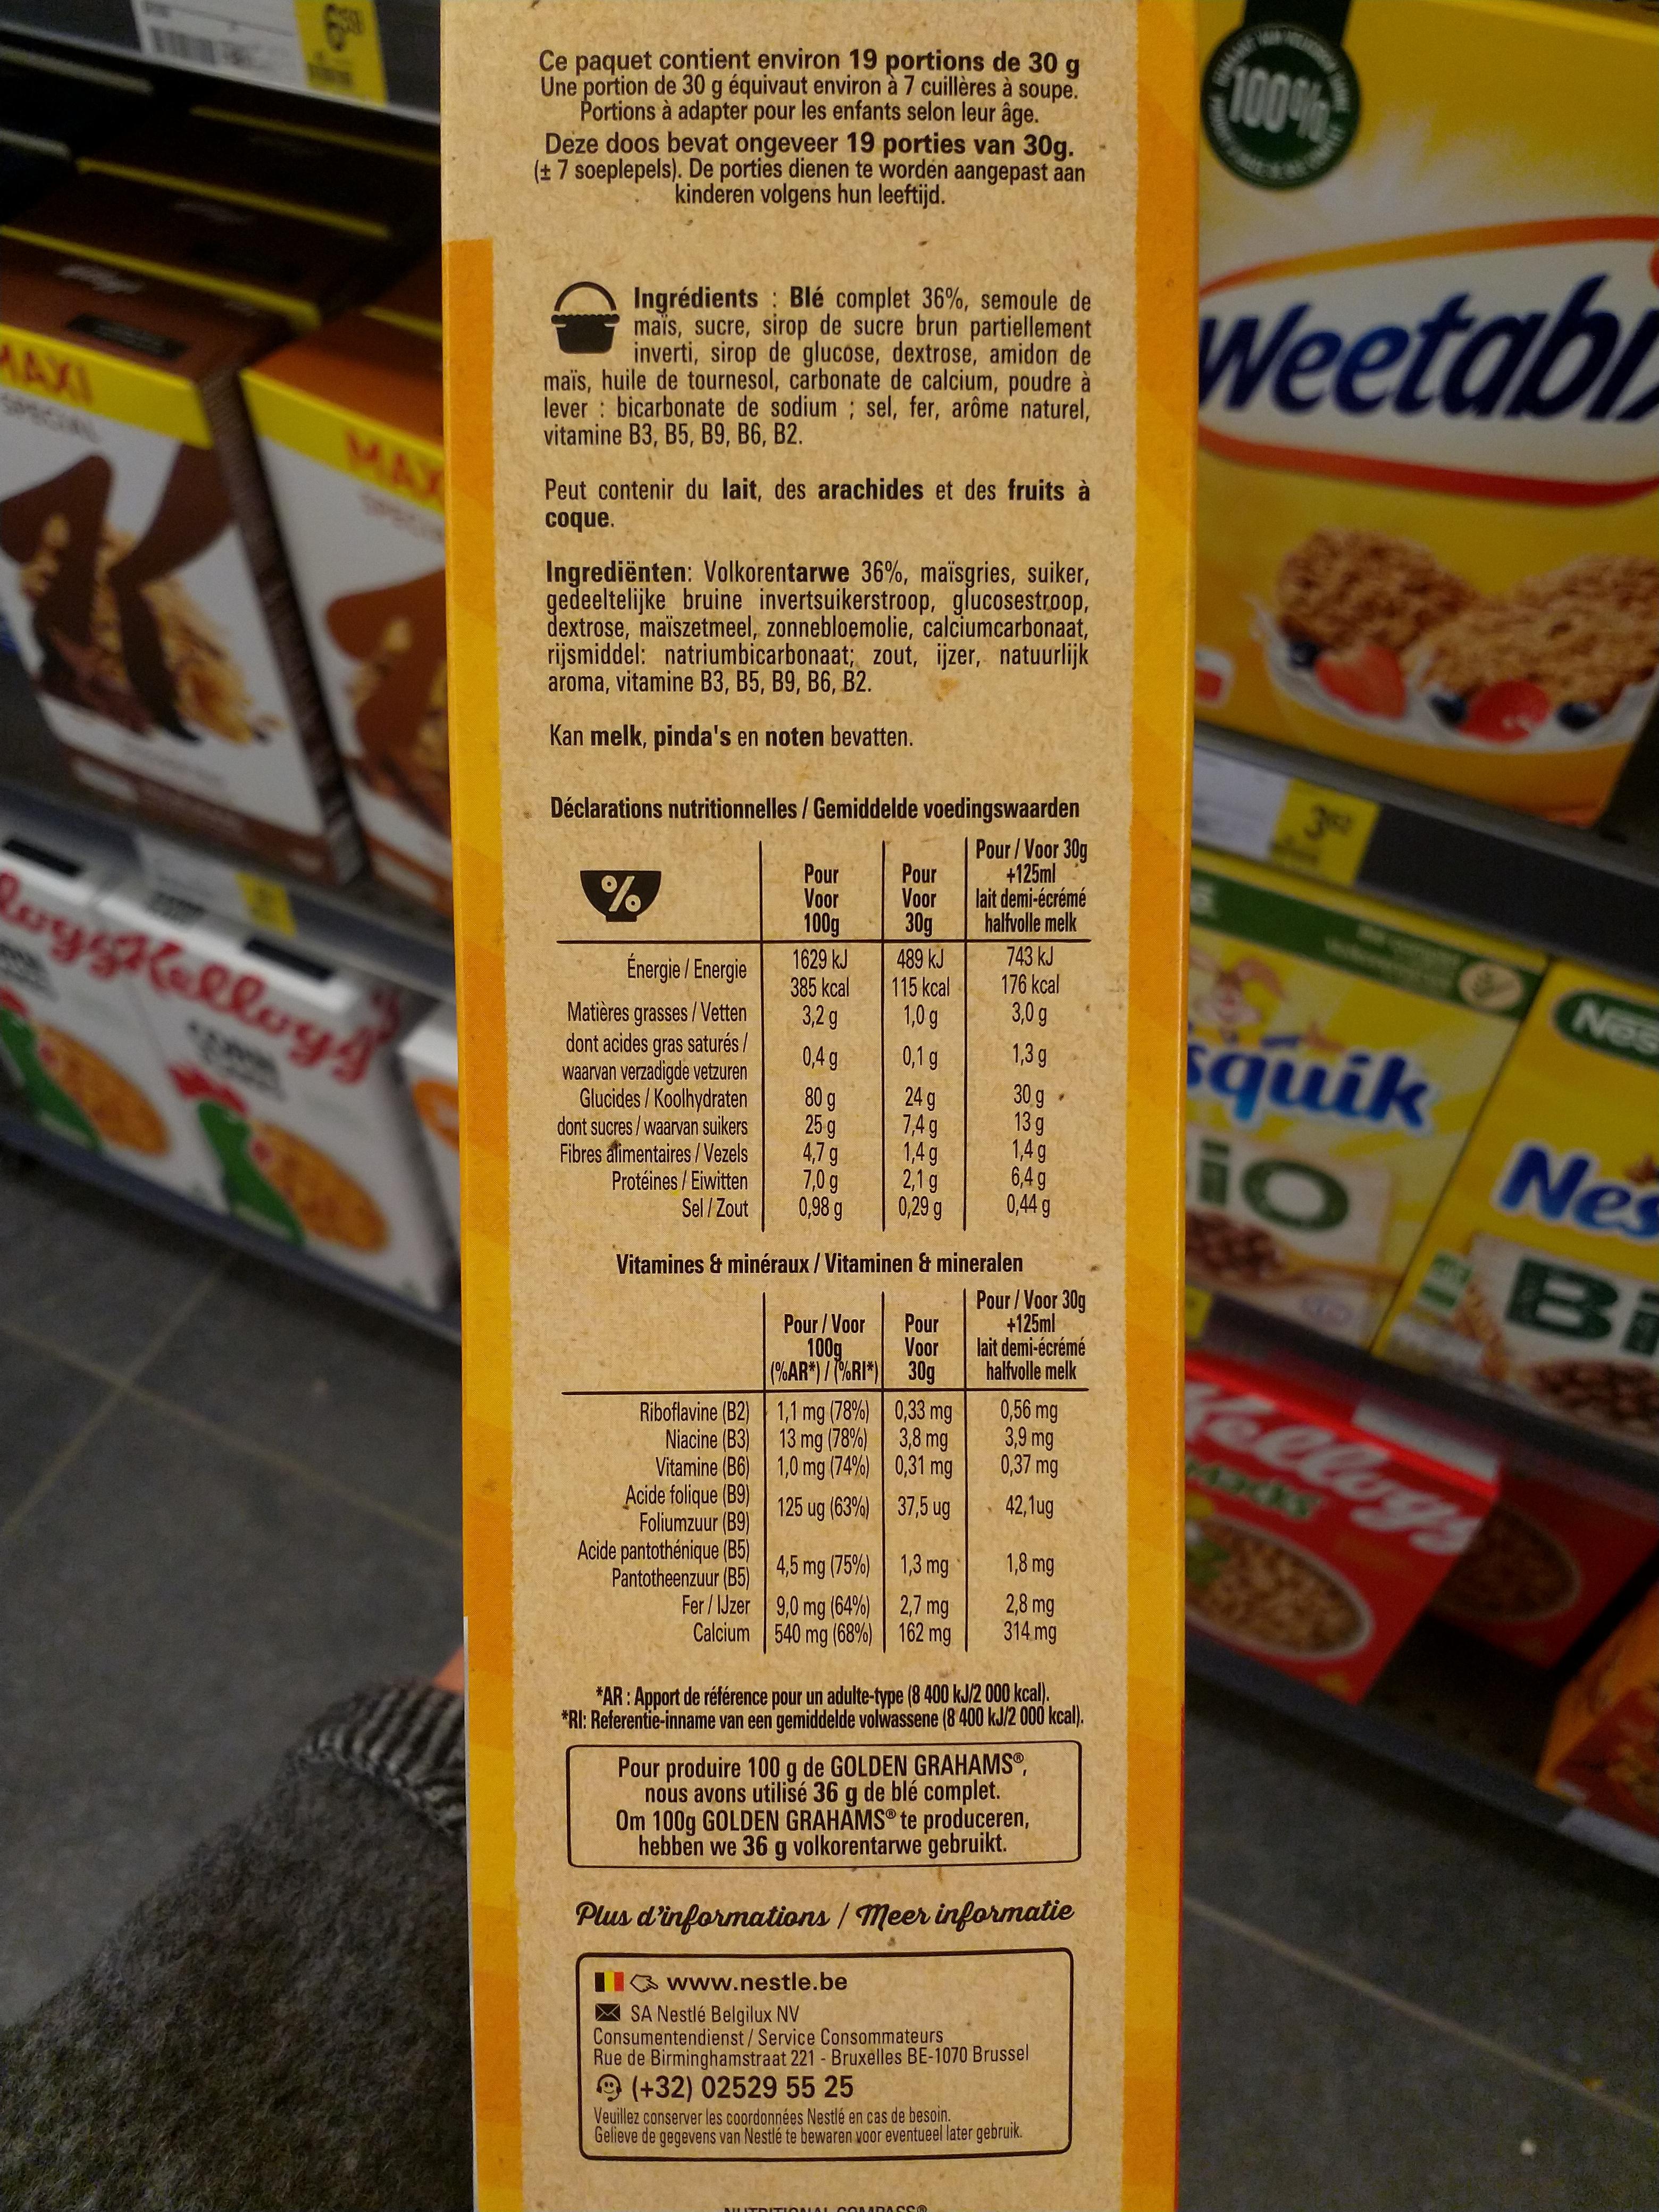
Ce paquet contient environ 19 portions de 30 g Une portion de 30 g équivaut environ à 7 cuillères à soupe. Portions à adapter pour les enfants selon leur âge. Deze doos bevat ongeveer 19 porties van 30g. (+7 soeplepels). De porties dienen te worden aangepast aan kinderen volgens hun leeftijd.
100
VIRIC
Ingrédients Blé complet 36%, semoule de mais, sucre, sirop de sucre brun partiellement inverti, sirop de glucose, dextrose, amidon de maïs, huile de tournesol, carbonate de calcium, poudre à lever : bicarbonate de sodium; sel, fer, arôme naturel, vitamine B3, B5, B9, B6, B2.
Weetab
MAXI
MAX
Peut contenir du lait, des arachides et des fruits à
coque.
Ingrediënten: Volkorentarwe 36%, maïsgries, suiker, gedeeltelijke bruine invertsuikerstroop, glucosestroop, dextrose, maiszetmeel, zonnebloemolie, calciumcarbonaat, rijsmiddel: natriumbicarbonaat; zout, ijzer, natuurlijk aroma, vitamine B3, B5, B9, B6, B2.
Kan melk, pinda's en noten bevatten.
3rd
Déclarations nutritionnelles/ Gemiddelde voedingswaarden
Pour/Voor 30g
+125ml
Pour Voor 30g 489 kJ 115 kcal 1,0 g
Pour Voor 100g
lait demi-écrémé
halfvolle melk
1629 kJ 385 kcal 3,2 g
743 kJ 176 kcal 3,0 g
Énergie / Energie
Nes
Matières grasses / Vetten dont acides gras saturés / waarvan verzadigde vetzuren Glucides / Koolhydraten dont sucres/waarvan suikers Fibres alimentaires /Vezels Protéines /Eiwitten Sel / Zout
quik GO
0,4 g
0,1 g
1,3 g
80 9 25 g 4,7 g 7,0 g 0,98 g
24 g 7,4g 1,4 g 2,1g 0,29 g
30 g 13 g 1,4 g 6,4 g 0,44 g
Ne
Bi
Vitamines & minéraux / Vitaminen & mineralen Pour/Voor 30g +125ml lait demi-écrémé halfvolle melk
Pour / Voor 100g (%AR*) /(%RI*) 30g
Pour Voor
Follogs
0,56 mg 3,9 mg 0,37 mg
Riboflavine (B2) | 1,1 mg (78%) | 0,33 mg Niacine (B3) 13 mg (78%) 3,8 mg Vitamine (B6) | 1,0 mg (74%) | 0,31 mg Acide folique (B9) Foliumzuur (B9) Acide pantothénique (B5) Pantotheenzuur (B5) Fer/IJzer 9,0 mg (64%) | 2,7 mg Calcium 540 mg (68%) 162 mg
42,1ug
125 ug (63%) | 37,5 ug
1,8 mg
4,5 mg (75%) 1,3 mg
2,8 mg 314.mg
*AR : Apport de référence pour un adulte-type (8 400 kJ/2 000 kcal). *RI: Referentie-inname van een gemiddelde volwassene (8 400 kJ/2 000 kcal).
Pour produire 100 g de GOLDEN GRAHAMS®, nous avons utilisé 36 g de blé complet. Om 100g GOLDEN GRAHAMS® te produceren, hebben we 36 g volkorentarwe gebruikt.
Plus d'informations / Meer informatie
II www.nestle.be A SA Nestlé Belgilux NV Consumentendienst/Service Consommateurs Rue de Birminghamstraat 221 - Bruxelles BE-1070 Brussel 9(+32) 02529 55 25 Veuillez conserver les coordonnées Nestlé en cas de besoin. Gelieve de gegevens van Nestlé te bewaren voor eventueel later gebruik.
ALITDITIONAL COMDASS
Eo